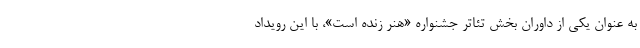
به عنوان یکی از داوران بخش تئاتر جشنواره «هنر زنده است»، با این رویداد